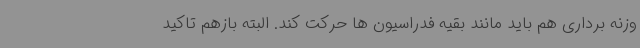
وزنه برداری هم باید مانند بقیه فدراسیون ها حرکت کند. البته بازهم تاکید